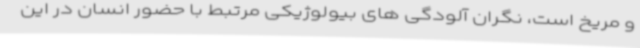
و مریخ است، نگران آلودگی های بیولوژیکی مرتبط با حضور انسان در این